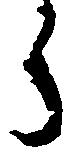
郎